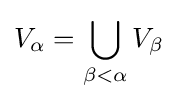
V_{\alpha }=\bigcup _{\beta <\alpha }V_{\beta }